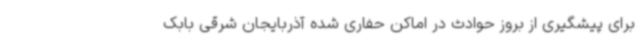
برای پیشگیری از بروز حوادث در اماکن حفاری شده آذربایجان شرقی بابک